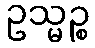
ဥသ္မဉ္စ